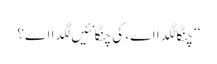
‘‘ چنگا لگدا اے، کی چنگا نئیں لگدا اے؟